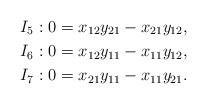
LaTeX: \begin{align*}I_5:\ &0=x_{12}y_{21}-x_{21}y_{12},\\I_6:\ &0=x_{12}y_{11}-x_{11}y_{12},\\I_7:\ &0=x_{21}y_{11}-x_{11}y_{21}.\end{align*}